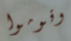
وقوموا